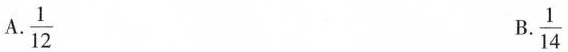
A.\frac{1}{12} B.\frac{1}{14}